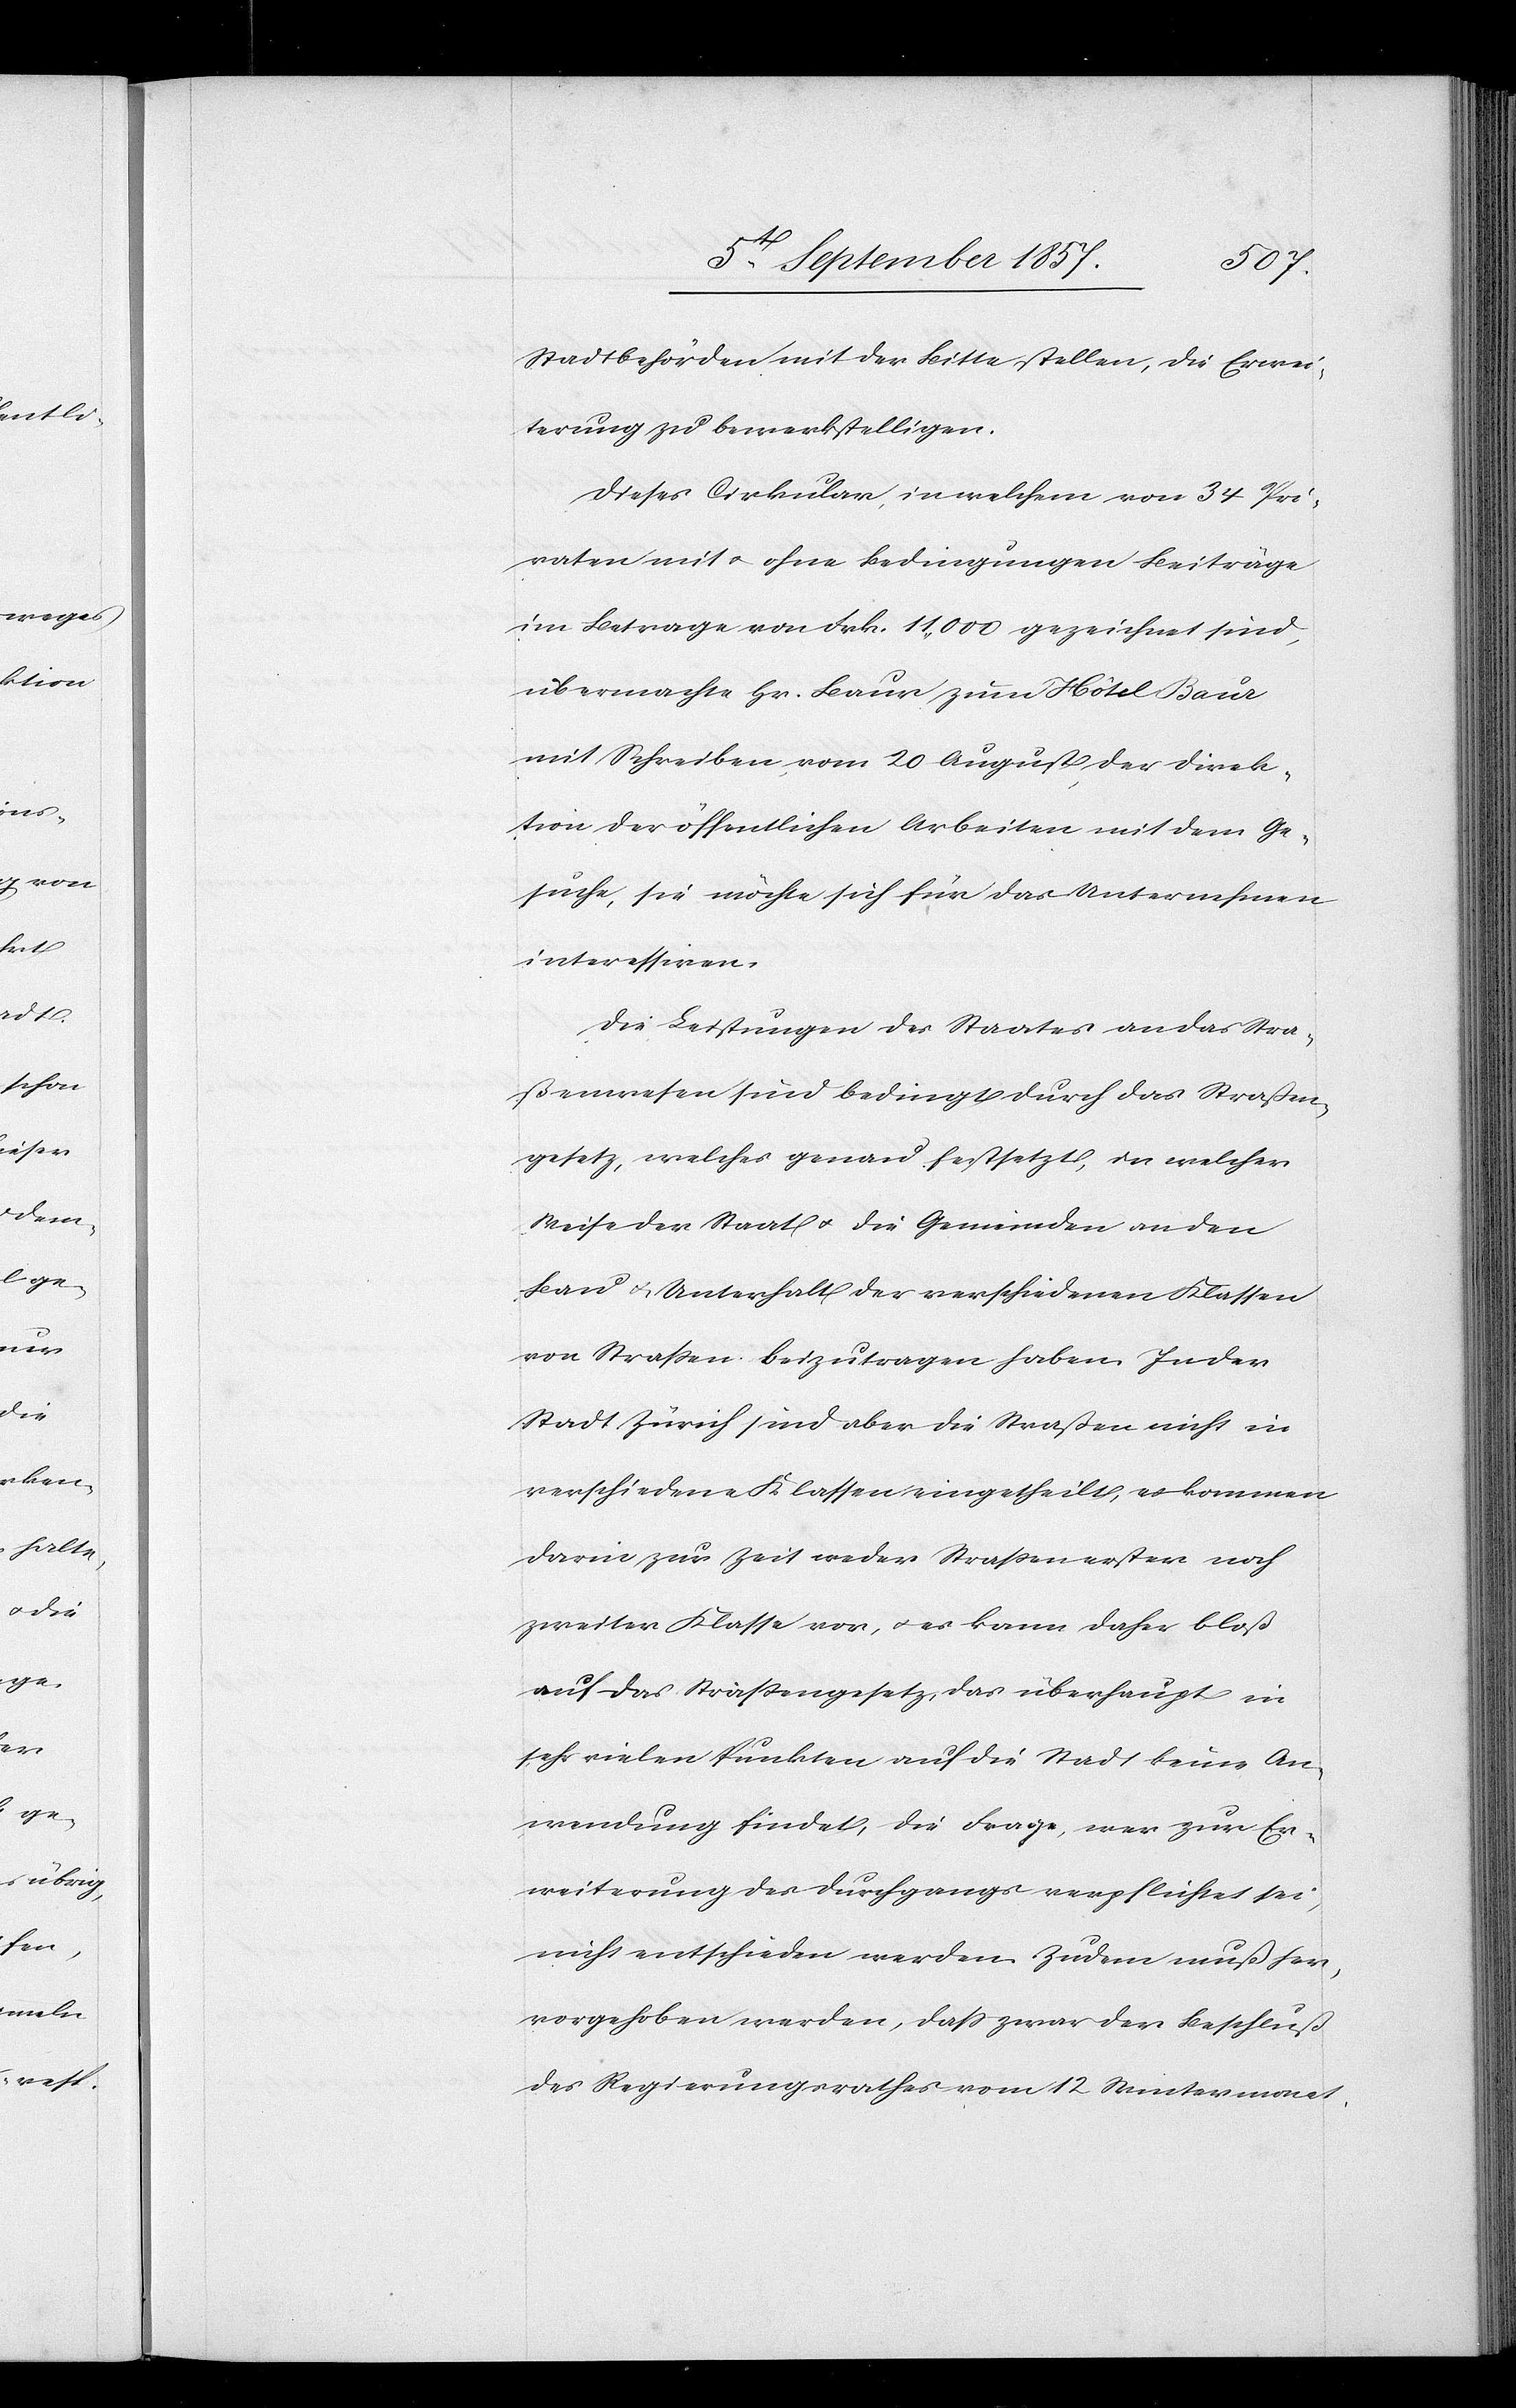
Stadtbehörden mit der Bitte stellen, die Erwei¬
terung zu bewerkstelligen.
Dieses Cirkular, in welchem von 34 Pri¬
vaten mit & ohne Bedingungen Beiträge
im Betrage von Frk. 11,000 gezeichnet sind,
übermachte Hr. Baur zum Hôtel Baur
mit Schreiben vom 20 August der Direk¬
tion der öffentlichen Arbeiten mit dem Ge¬
suche, sie möchte sich für das Unternehmen
interessiren.
Die Leistungen des Staates an das Stra¬
ßenwesen sind bedingt durch das Straßen¬
gesetz, welches genau festsetzt, in welcher
Weise der Staat & die Gemeinden an den
Bau & Unterhalt der verschiedenen Klassen
von Straßen beizutragen haben. In der
Stadt Zürich sind aber die Straßen nicht in
verschiedene Klassen eingetheilt, es kommen
darin zur Zeit weder Straßen erster noch
zweiter Klasse vor, & es kann daher bloß
auf das Straßengesetz, das überhaupt in
sehr vielen Punkten auf die Stadt keine An¬
wendung findet, die Frage, wer zur Er¬
weiterung des Durchgangs verpflichtet sei,
nicht entschieden werden. Zudem muß her¬
vorgehoben werden, daß zwar der Beschluß
des Regierungsrathes vom 12 Wintermonat